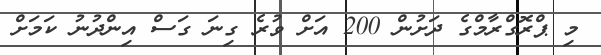
މި ޕްރޮގްރާމްގެ ދަށުން 200 އަށް ވުރެ ގިނަ ގަސް އިންދުނު ކަމަށް